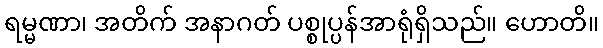
ရမ္မဏာ၊ အတိက် အနာဂတ် ပစ္စုပ္ပန်အာရုံရှိသည်။ ဟောတိ။